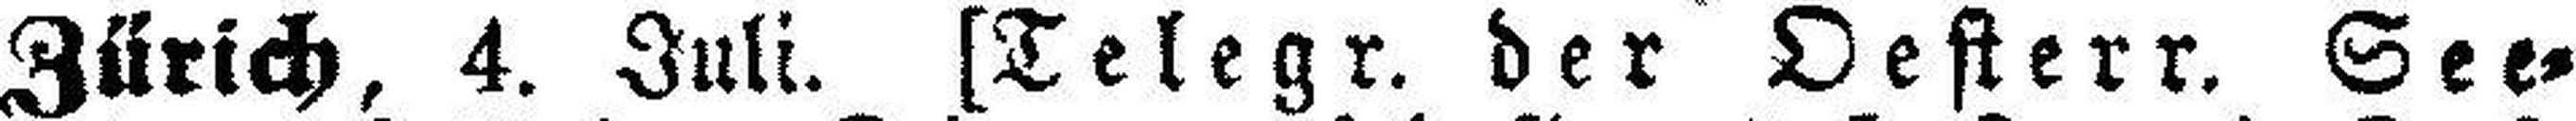
Zürich, 4. Juli. [Telegr. der Oesterr. See¬